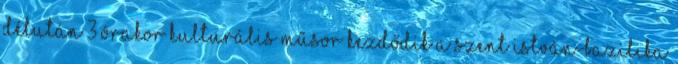
Délután 3 órakor kulturális műsor kezdődik a Szent István-bazilika